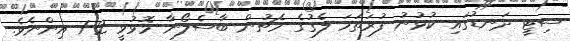
ސިޓީ ދަނޑުގައި ކުޅުނު ފުރަތަމަ ލެގުގެ މެޗުން ބާސެލޯނާ މޮޅުވީ 2-1 އިންނެވެ.